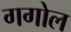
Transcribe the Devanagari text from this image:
गगोल